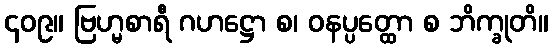
၄၀၉။ ဗြဟ္မစာရီ ဂဟဋ္ဌော စ၊ ဝနပ္ပတ္ထော စ ဘိက္ခုတိ။